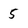
Character: 5